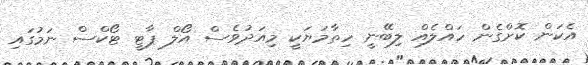
އެކަން ކޮށްގެން ހައްލެއް ލިބޭނީ ހިތާމަޔަކީ މިއަދުވެސް އޯލް ޕާޓީ ޓޯކްސް ނަމުގައި